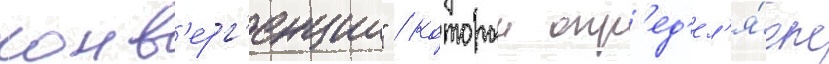
конв'ерг'енции" / которыи опр'ед'ел'я́ет